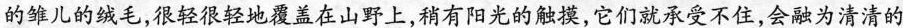
的雏儿的绒毛，很轻很轻地覆盖在山野上，稍有阳光的触摸，它们就承受不住，会融为清清的